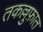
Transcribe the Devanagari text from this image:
तकल्लुफ़ात